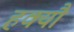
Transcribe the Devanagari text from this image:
हक्यौ